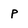
Character: p